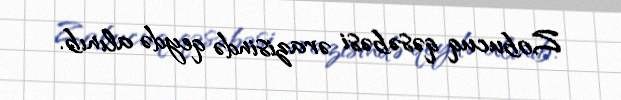
Zobucuq qəsəbəsi ərazisində qeydə alınıb.